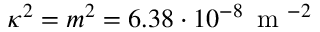
\kappa ^ { 2 } = m ^ { 2 } = 6 . 3 8 \cdot 1 0 ^ { - 8 } \, \mathrm { ~ m ~ } ^ { - 2 }